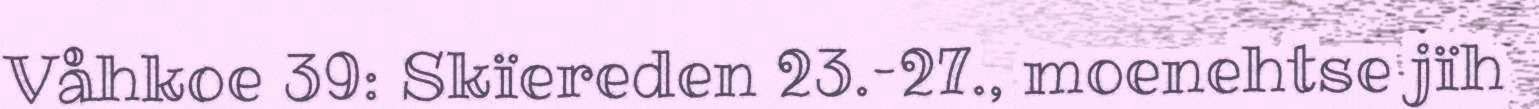
Våhkoe 39: Skïereden 23.–27., moenehtse jïh